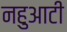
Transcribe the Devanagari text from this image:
नहुआटी